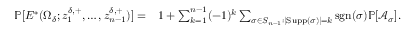
\begin{array} { r l } { \mathbb { P } [ E ^ { * } ( \Omega _ { \delta } ; z _ { 1 } ^ { \delta , + } , \ldots , z _ { n - 1 } ^ { \delta , + } ) ] = } & { 1 + \sum _ { k = 1 } ^ { n - 1 } ( - 1 ) ^ { k } \sum _ { \sigma \in S _ { n - 1 } : | \mathrm { S u p p } ( \sigma ) | = k } \mathrm { s g n } ( \sigma ) \mathbb { P } [ \mathcal { A } _ { \sigma } ] . } \end{array}